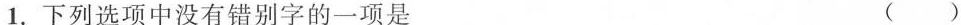
1.下列选项中没有错别字的一项是 ()